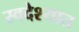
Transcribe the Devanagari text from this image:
स्वदेश्यात